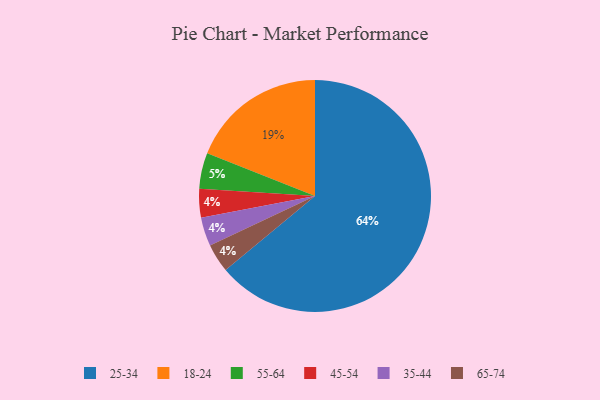
{"axis": {"x": "Category", "y": "Percentage"}, "legend": ["18-24", "25-34", "35-44", "45-54", "55-64", "65-74"], "data": [{"x": "55-64", "y": 5, "type": "55-64"}, {"x": "25-34", "y": 64, "type": "25-34"}, {"x": "45-54", "y": 4, "type": "45-54"}, {"x": "35-44", "y": 4, "type": "35-44"}, {"x": "18-24", "y": 19, "type": "18-24"}, {"x": "65-74", "y": 4, "type": "65-74"}]}